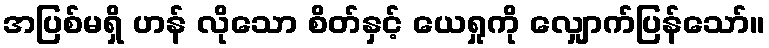
အပြစ်မရှိ ဟန် လိုသော စိတ်နှင့် ယေရှုကို လျှောက်ပြန်သော်။